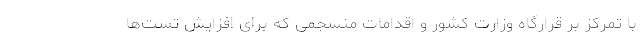
با تمرکز بر قرارگاه وزارت کشور و اقدامات منسجمی که برای افزایش تست‌ها